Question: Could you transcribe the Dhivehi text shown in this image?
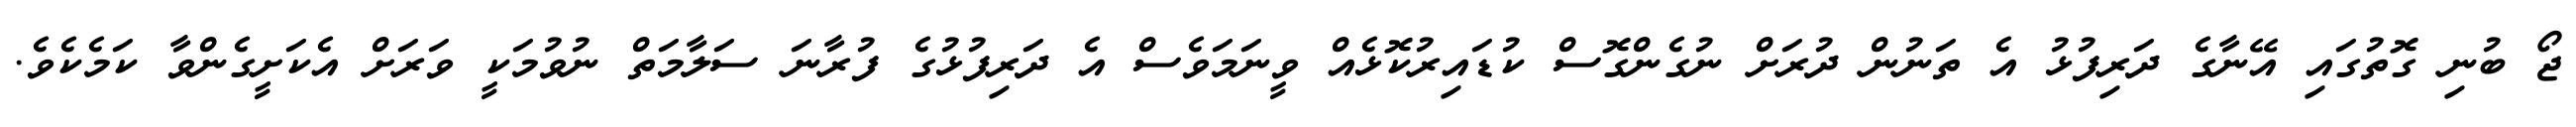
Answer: ޖޯ ބުނި ގޮތުގައި އޭނާގެ ދަރިފުޅު އެ ތަނުން ދުރަށް ނުގެންގޮސް ކުޑައިރުކޮޅެއް ވީނަމަވެސް އެ ދަރިފުޅުގެ ފުރާނަ ސަލާމަތް ނުވުމަކީ ވަރަށް އެކަށީގެންވާ ކަމެކެވެ.